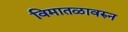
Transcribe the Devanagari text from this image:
विमातळावरुन